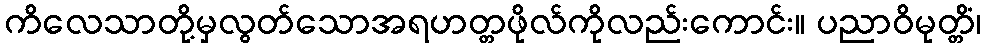
ကိလေသာတို့မှလွတ်သောအရဟတ္တဖိုလ်ကိုလည်းကောင်း။ ပညာဝိမုတ္တိံ၊